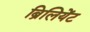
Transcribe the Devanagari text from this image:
ब्रिलियेंट